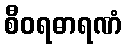
စီဝရဓာရဏံ